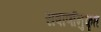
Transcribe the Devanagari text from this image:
सषार्णानुकृत